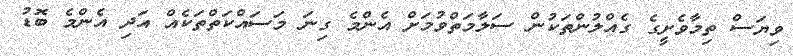
ވިޔަސް ތިމާވެށީގެ ގެއްލުންތަކުން ސަލާމަތްވުމަށް އެންމެ ގިނަ މަސައްކަތްތަކެއް އަދި އެންމެ ބޮޑު